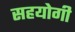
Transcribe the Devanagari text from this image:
सहयाेगी